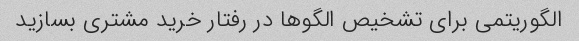
الگوریتمی برای تشخیص الگوها در رفتار خرید مشتری بسازید